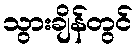
သွားချိန်တွင်